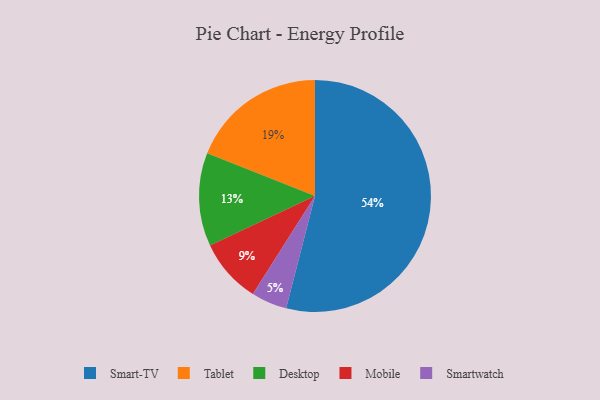
{"axis": {"x": "Category", "y": "Percentage"}, "legend": ["Desktop", "Mobile", "Smart-TV", "Smartwatch", "Tablet"], "data": [{"x": "Mobile", "y": 9, "type": "Mobile"}, {"x": "Tablet", "y": 19, "type": "Tablet"}, {"x": "Smart-TV", "y": 54, "type": "Smart-TV"}, {"x": "Desktop", "y": 13, "type": "Desktop"}, {"x": "Smartwatch", "y": 5, "type": "Smartwatch"}]}